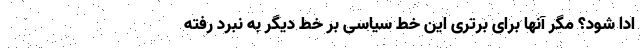
ادا شود؟ مگر آنها برای برتری این خط سیاسی بر خط دیگر به نبرد رفته